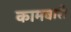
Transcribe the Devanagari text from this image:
कामवारी